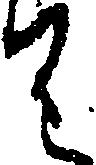
り